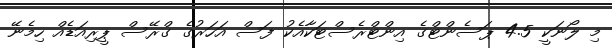
މި ލޯނަކީ 4.5 ޕަސެންޓްގެ އިންޓްރެސްޓަކާއެކު ފަސް އަހަރުގެ ގްރޭސް ޕީރިއަޑެއް ހިމެނޭ